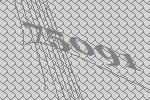
75091